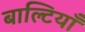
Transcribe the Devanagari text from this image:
बाल्टियाँ